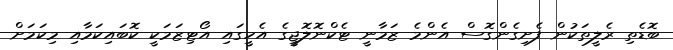
ބޮޑެތި ރެލީތަކުން ފެށިގެންގޮސް އެންމެ ޒަމާނީ ޓެކްނޮލޮޖީގެ އެހީގައި އޯޓިޒަމަކީ ކޮބައިކަމާއި މިކަމަށް